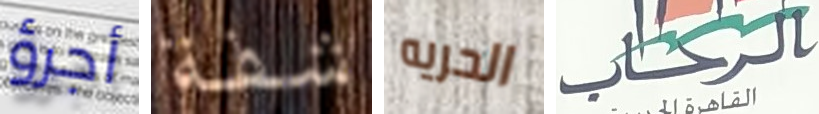
أجرؤ شفة الحريه الرحاب